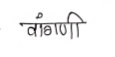
मजकूर: वांगणी